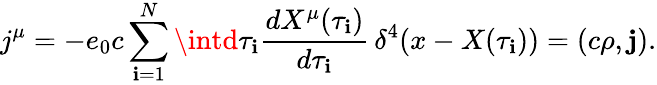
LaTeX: j^{\mu}=-e_{0}c\sum_{\mathbf{i}=1}^{N}\intd\tau_{\mathbf{i}}\frac{{dX^{\mu}(\tau_{\mathbf{i}})}}{{d\tau_{\mathbf{i}}}}\, \delta^{4}(x-X(\tau_{\mathbf{i}}))=(c\rho,{\mathbf{j}}).